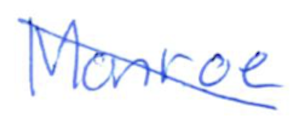
Text: Monroe
Cross-out: diagonal
Writing tool: ballpoint